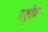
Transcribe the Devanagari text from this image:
ऱाष्ट्रीय